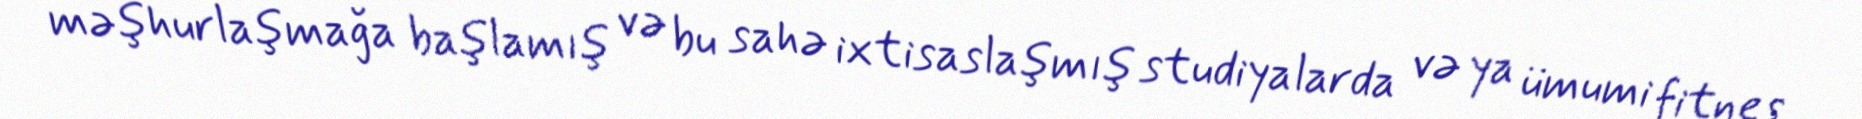
məşhurlaşmağa başlamış və bu sahə ixtisaslaşmış studiyalarda və ya ümumi fitnes